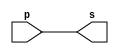
//---------
//Exemplo0001 - buffer
//Nome: Felipe Pacfico
//Matrcula: 389868
//---------


//---------
//--buffer
//---------
module buffer(output s, input p);
assign s = p; //criar vinculo permanente
					//(dependencia)
endmodule // buffer

//--------
//--test buffer
//--------
module testbuffer;
//----------dados locais
reg a; //definir registrador
		 //(variavel independente)
wire s;//definir conexao(fio)
		//(variavel dependente)
//----------- instancia
buffer BF1(s,a);
//------ preparacao
initial begin: start
a = 0;
end
//------- parte principal

initial begin: main
//execucao unitaria
$display("Exemplo 0001 - Felipe Pacfico - 389868");
$display("Test buffer:");
$display("\t  time\ta=s");
//execucao permanente
$monitor("%d\t%b = %b",$time, a, s);
//apos uma unidade de tempo
//mudar valor do registrador para 0
#1 a=1;
//apos duas unidades de tempo
//mudar valor do registrador para 1
#2 a=0;
end

endmodule // testbuffer